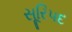
સૂરિપદ